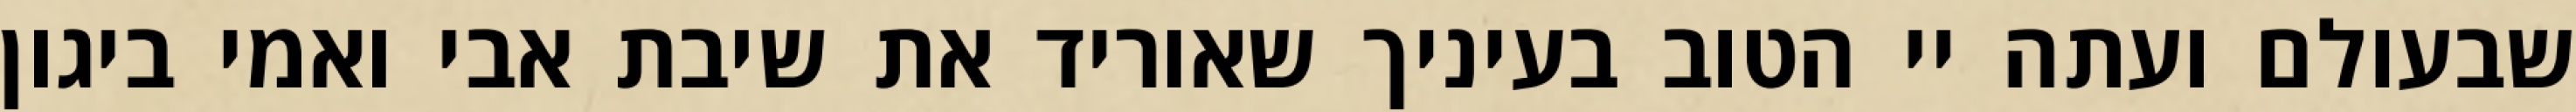
שבעולם ועתה יי הטוב בעיניך שאוריד את שיבת אבי ואמי ביגון